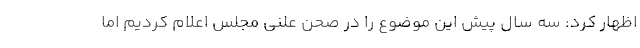
اظهار کرد: سه سال پیش این موضوع را در صحن علنی مجلس اعلام کردیم اما